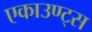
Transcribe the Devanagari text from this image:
एकाउण्‍ट्स